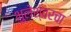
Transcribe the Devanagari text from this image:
भुलेश्वरचा